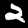
Digit: 2